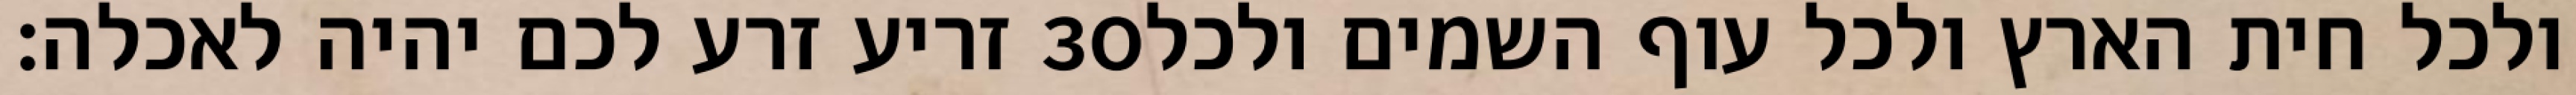
זריע זרע לכם יהיה לאכלה׃ ‎30‏ ולכל חית הארץ ולכל עוף השמים ולכל